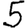
Digit: 5